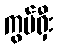
ကွမ်ရှီး